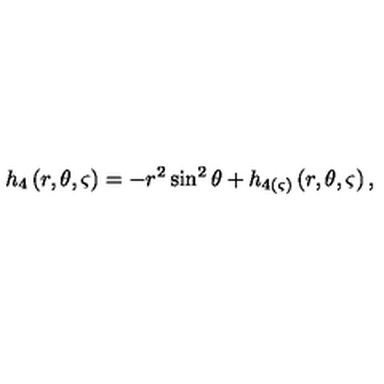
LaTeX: h _ { 4 } \left( r , \theta , \varsigma \right) = - r ^ { 2 } \sin ^ { 2 } \theta + h _ { 4 ( \varsigma ) } \left( r , \theta , \varsigma \right) ,